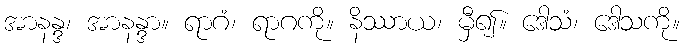
အာနန္ဒ၊ အာနန္ဒာ။ ရာဂံ၊ ရာဂကို။ နိဿာယ၊ မှီ၍။ ဒေါသံ၊ ဒေါသကို။